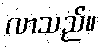
လာသည်။